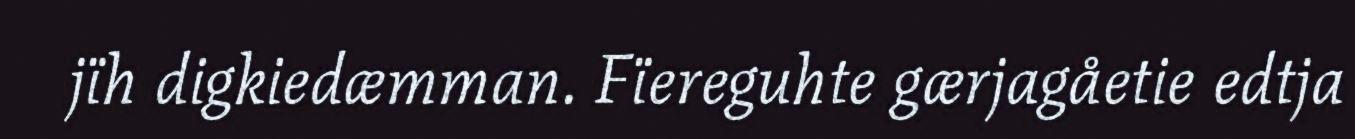
jïh digkiedæmman. Fïereguhte gærjagåetie edtja